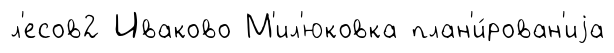
л'есов2 Иваково М'ил'юковка план'и́рован'иjа